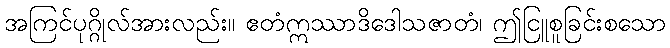
အကြင်ပုဂ္ဂိုလ်အားလည်း။ ဧတံဣဿာဒိဒေါသဇာတံ၊ ဤငြူစူခြင်းစသော